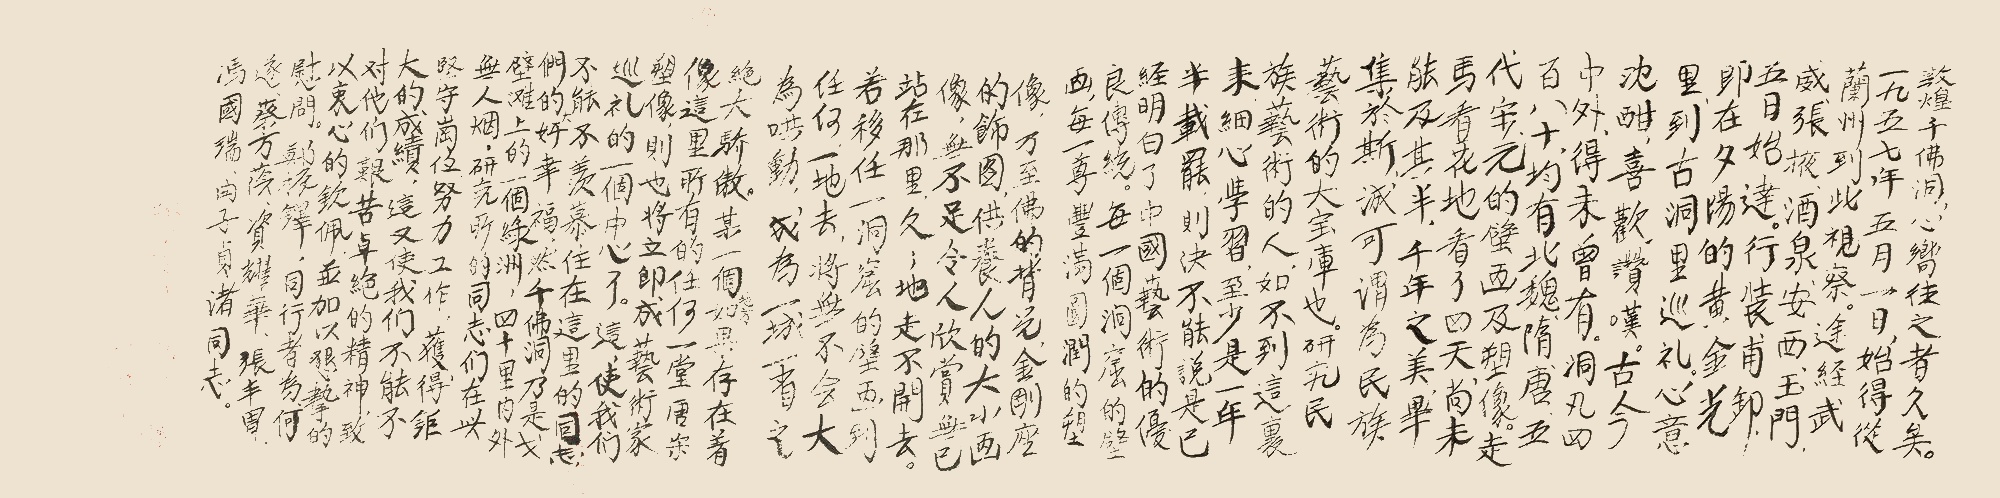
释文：敦煌千佛洞，心向往之者久矣。一九五七年五月一日，始得从兰州到此视察。途经武威、张掖、酒泉、安西、玉门，五日始达。行装甫卸，即在夕阳的黄金光里，到古洞里巡礼，心意沉酣，喜欢、赞叹。古今中外，得未曾有。洞凡四百八十，均有北魏、隋、唐、五代、宋、元的壁画及塑像。走马看花地看了四天，尚未能及其半，千年之美，毕集于斯，诚可谓为民族艺术的大宝库也。研究民族艺术的人，如不到这里来细心学习，至少是一年半载罢，则决不能说是已经明白了中国艺术的优良传统。每一个洞窟的壁画，每一尊丰满圆润的塑像，乃至佛的背光，金刚座的饰图，供养人的大小画像，无不足令人欣赏无已，站在那里，久久地走不开去。若移任一洞窟的壁画到任何一地去，将无不会大为哄动，成为一城一省之绝大骄傲。某一个地方如果存在着像这里所有的任何一堂唐宋塑像，则也将立即成艺术家巡礼的一个中心了。这使我们不能不羡慕住在这里的同志们的大好幸福，然千佛洞乃是戈壁滩上的一个绿洲，四十里内外无人烟，研究所的同志们在此坚守岗位，努力工作，获得巨大的成绩，这又使我们不能不对他们艰苦卓绝的精神，致以衷心的钦佩，并加以诚挚的慰问。郑振铎，同行者为何遂、蔡方荫、资耀华、张丰胄、冯国瑞、曲子贞诸同志。郑振铎，一九五七年五月十日。